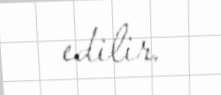
edilir.